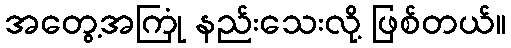
အတွေ့အကြုံ နည်းသေးလို့ ဖြစ်တယ်။